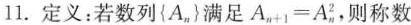
11.定义：若数列{A_n}满足A_n+1=A_n^2 则称数